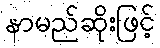
နာမည်ဆိုးဖြင့်